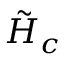
{ { \tilde { \cal { H } } } _ { c } }